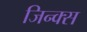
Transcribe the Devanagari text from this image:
जिन्क्स